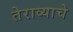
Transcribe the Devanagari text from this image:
तेराव्याचे